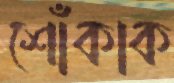
শোঁকাক